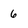
Character: 6